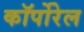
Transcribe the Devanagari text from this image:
कॉर्पोरेल